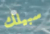
سبيلك